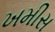
ખમીસ